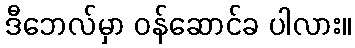
ဒီဘေလ်မှာ ဝန်ဆောင်ခ ပါလား။